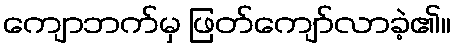
ကျောဘက်မှ ဖြတ်ကျော်လာခဲ့၏။